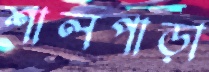
শালপাড়া